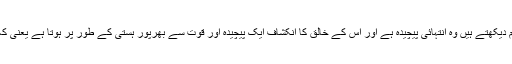
جو ہم دیکھتے ہیں وہ انتہائی پیچیدہ ہے اور اِس کے خالق کا انکشاف ایک پیچیدہ اور قوت سے بھرپور ہستی کے طور پر ہوتا ہے یعنی کہ خُدا۔